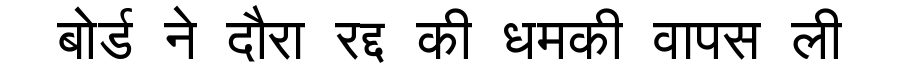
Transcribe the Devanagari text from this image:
बोर्ड ने दौरा रद्द की धमकी वापस ली